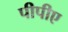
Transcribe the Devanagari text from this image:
पीपीए